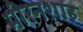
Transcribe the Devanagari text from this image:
मीरनशाह